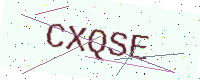
Text: CXQSE